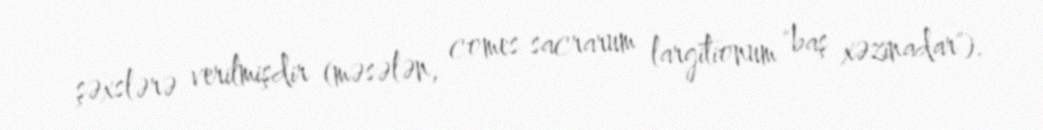
şəxslərə verilmişdir (məsələn, comes sacrarum largitionum "baş xəzinadar").